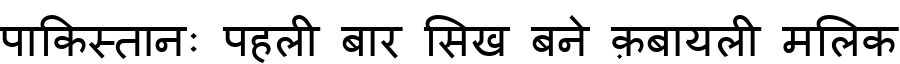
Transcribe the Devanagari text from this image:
पाकिस्तानः पहली बार सिख बने क़बायली मलिक